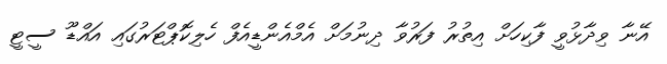
އޭނާ ވިދާޅުވީ ފާކިހަށް އިތުރު ފަރުވާ ދިނުމަށް އެމްއެންޑީއެފް ހެލިކޮޕްޓަރުގައި އައްޑޫ ސީޓީ